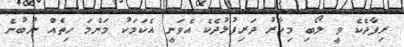
ރިފާދެކެ ވީ ލޯބި މިހާރު ދަރިފުޅުދެކެ އެވަނީ އެކަމަކު މަންމަ ހިތެއް ނުބުނެ